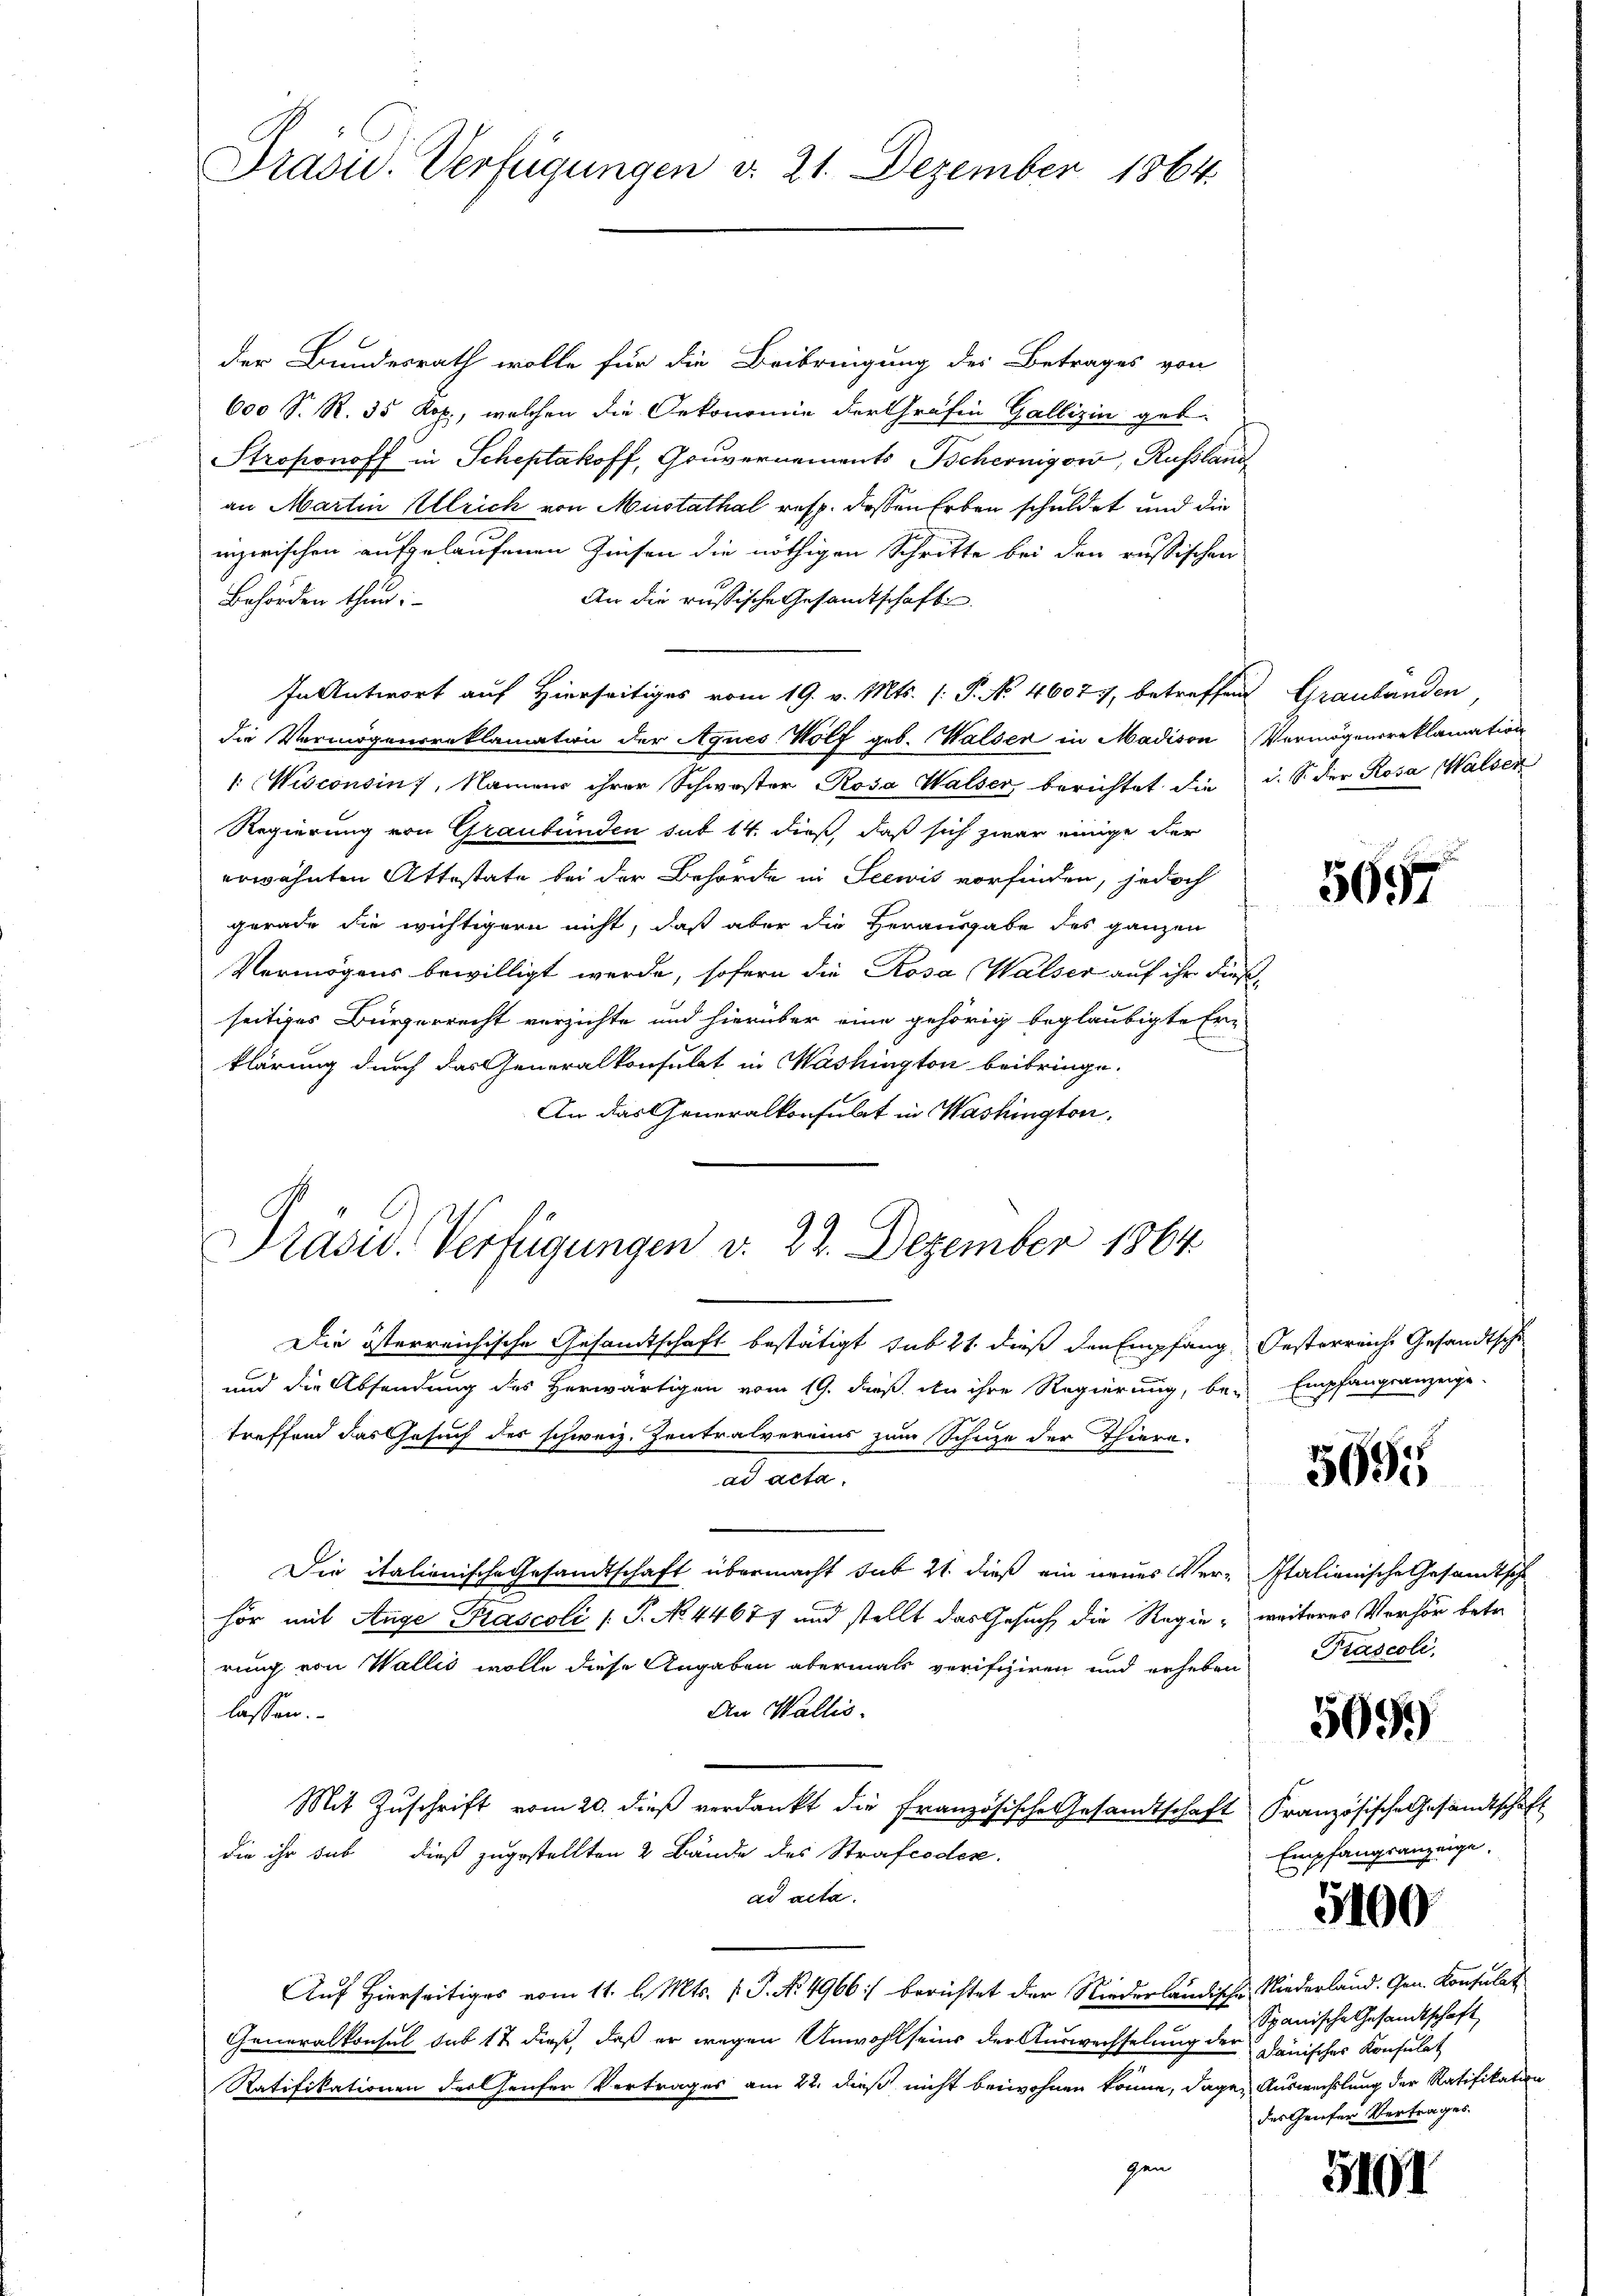
Präsid. Verfügungen d. 21. Dezember 1864.

der Bundesrath wolle für die Beibringung der Betrages von
600 S. R. 35 Kop., welchen die Oekonomie der Gräfin Gallizin geb.
Stroponoff in Scheptakoff, Gouvernements Scheiniger, Russland
an Martin Ulrich von Mustathal resp. dessen Erben schuldet und die
inzerischen aufgelaufenen Zinsen die nöthigen Schritte bei den russischen
An die russische Gesandtschafte
Behörden thun;
In Antwort auf Hierseitiges vom 19. v. Mts. (: P. No 46077, betreffend Graubünden
die Vermögensreklamation der Agnes Wolf geb. Walser in Madison
1: Wisconsin, Namens ihrer Schwester Rosa Walser berichtet die
Regierung von Graubünden sub 14. dieß, daß sich zwar einige der
erwähnten Attestate bei der Behörde in Seewis vorfinden, jedoch
gerade die wichtigern nicht, daß aber die Herausgabe des ganzen
Vermögens bewilligt werde, sofern die Rosa Walser auf ihr dies
seitiges Bürgerrecht verzichte und hierüber eine gehörig beglaubigte Er-
klärung durch das Generalkonsulat in Washington beibringe.
An das Generalkonsulat in Washington,
Die österreichische Gesandtschaft bestätigt sub 21 dieß den Empfang Oesterreiche Gesandtsche
und die Absendung des Herwärtigen vom 19. dieß den ihre Regierung, be- Empfangsanzeige-
treffend das Gesuch des schweiz. Zentralvereins zum Schuze der Thiere.
ad acte
Die italionische Gesandtschaft übermacht sub 21. dieß ein neues Ver-Italienische Gesandtsche
hör mit Auge Prascoli (T. No 44677 und stellt das Gesuch die Regierung von Wallis wolle diese Angaben abermals verifiziren und erheben Prascoli,
An Wallis.
lassen.
Mit Zuschrift vom 20. dieß verdankt die Französische Gesandtschaft
die ihr sub dieß zugestellten 2 Bände des Strafcoden.
ad acta.
Auf Hierseitiges vom 11. l. Mts. f. J. No. 4966:/ berichtet der Niederländische Niederland. Gen. Konsulat
Generalkonsul sub 12 dieß, daß er wegen Unwohl seins der Auswechselung der Dänisches Konsulat
Ratifikationen darthauser Vertrages am 22. dieß nicht beiwohnen könne, dagen Auswechslung der Ratifikation
gen

Präsid. Verfügungen v. 22. Dezember 1864

Vermögensreklamation
d. S. der Rosa Walser

5697

5695

weiteres Verhör betr.

5091)

Französische Gesandtschaft
Empfangsanzeige.

5100

Spanische Gesandtschaft
des Griefer Vertrages.

5101